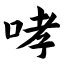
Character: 哮